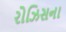
રોઝિસના